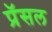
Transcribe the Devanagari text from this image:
प्रॅसल